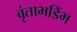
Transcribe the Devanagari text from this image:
वृंताभडिंभ